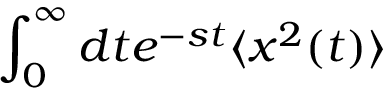
\int _ { 0 } ^ { \infty } d t e ^ { - s t } \langle x ^ { 2 } ( t ) \rangle